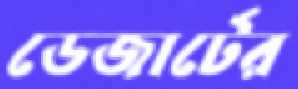
ডেজার্টের